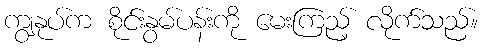
ကျွနုပ်က စိုင်းနွမ်ပန်းကို မေးကြည့် လိုက်သည်။